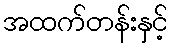
အထက်တန်းနှင့်